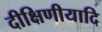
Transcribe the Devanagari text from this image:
दीक्षिणीयादि